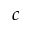
c